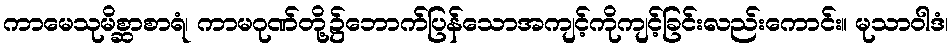
ကာမေသုမိစ္ဆာစာရံ၊ ကာမဂုဏ်တို့၌ဘောက်ပြန်သောအကျင့်ကိုကျင့်ခြင်းလည်းကောင်း။ မုသာဝါဒံ၊